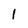
Character: 1